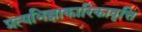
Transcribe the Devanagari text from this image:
प्रत्यभिज्ञाकारिकावृत्ति